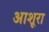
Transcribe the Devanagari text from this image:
आशूरा